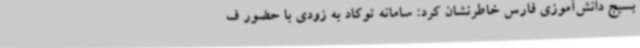
بسیج دانش‌آموزی فارس خاطرنشان کرد: سامانه توکاد به زودی با حضور ف